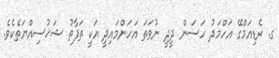
ގ. ރެޑިއަމްގޭ އަހްމަދު ހަސަން ދީދީ ނުވަތަ އަހަންމައިދީ އަކީ ތަފާތު ޝަޚުސިއްޔަތެކެވެ.